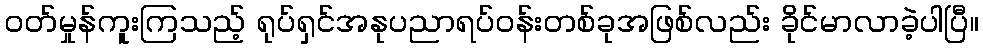
ဝတ်မှုန်ကူးကြသည့် ရုပ်ရှင်အနုပညာရပ်ဝန်းတစ်ခုအဖြစ်လည်း ခိုင်မာလာခဲ့ပါပြီ။